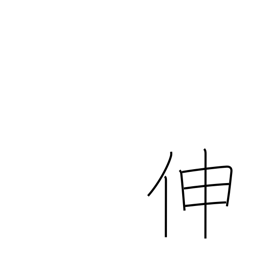
Meaning: increase